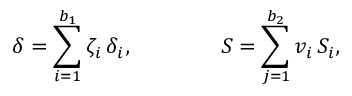
\delta = \sum _ { i = 1 } ^ { b _ { 1 } } \zeta _ { i } \, \delta _ { i } , \qquad \qquad S = \sum _ { j = 1 } ^ { b _ { 2 } } v _ { i } \, S _ { i } ,